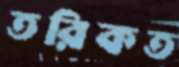
তরিকত